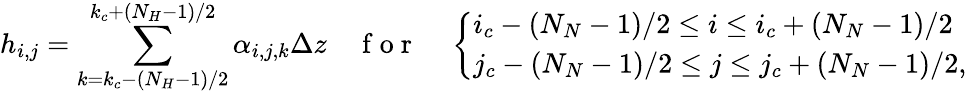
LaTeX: h_{i,j}=\sum_{k=k_{c}-(N_{H}-1)/2}^{k_{c}+(N_{H}-1)/2}\alpha_{i,j,k}\Delta z\quad\mathrm{~f~o~r~}\quad\left\{ \begin{array}{ll}{i_{c}-(N_{N}-1)/2\le i\le i_{c}+(N_{N}-1)/2}\\ {j_{c}-(N_{N}-1)/2\le j\le j_{c}+(N_{N}-1)/2,}\end{array}\right.